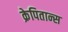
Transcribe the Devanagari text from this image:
क्रेपितान्स